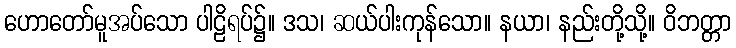
ဟောတော်မူအပ်သော ပါဠိရပ်၌။ ဒသ၊ ဆယ်ပါးကုန်သော။ နယာ၊ နည်းတို့သို့။ ဝိဘတ္တာ